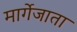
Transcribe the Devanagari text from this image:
मार्गेजाता